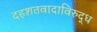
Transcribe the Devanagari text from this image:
दहशतवादाविरुद्ध